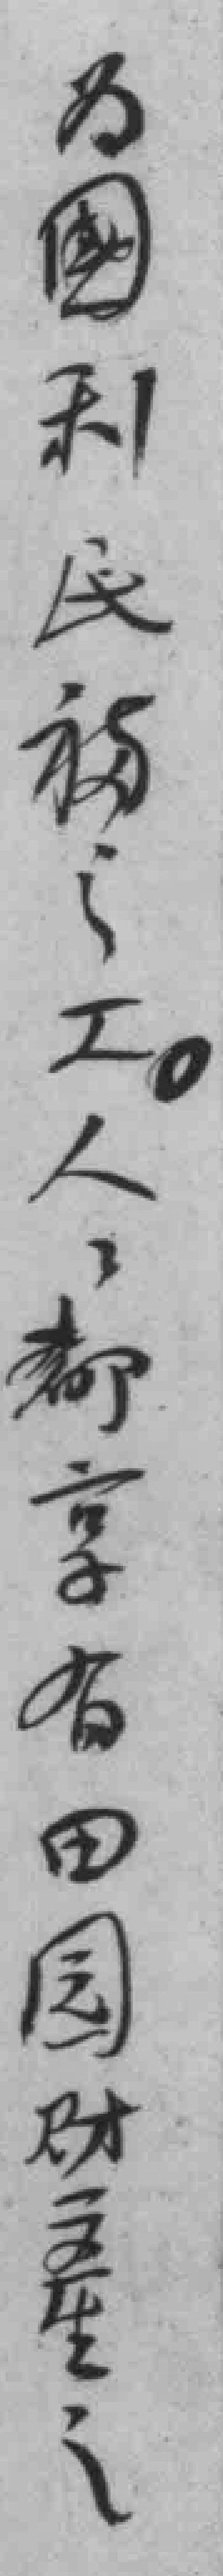
为國利民福之工。人人都享有田园财產之